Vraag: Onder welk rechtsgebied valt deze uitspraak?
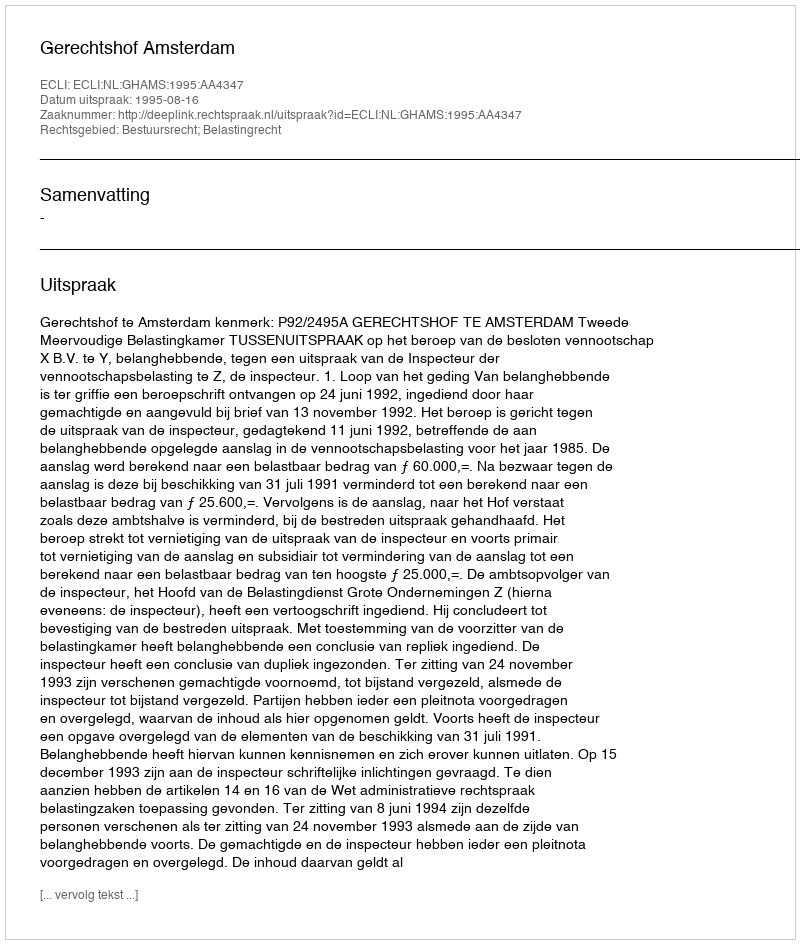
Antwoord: Bestuursrecht; Belastingrecht